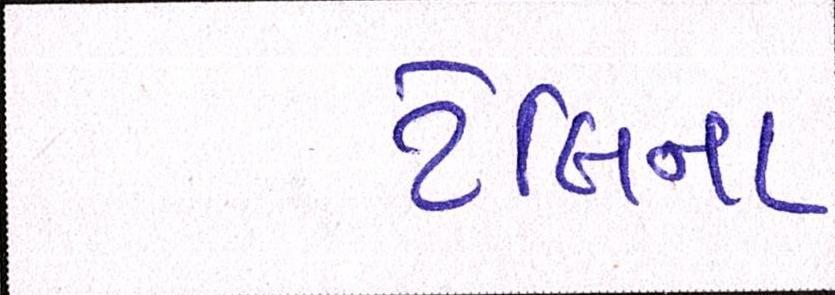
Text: ટેલિના